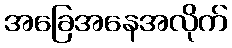
အခြေအနေအလိုက်